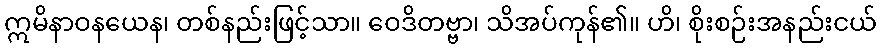
ဣမိနာဝနယေန၊ တစ်နည်းဖြင့်သာ။ ဝေဒိတဗ္ဗာ၊ သိအပ်ကုန်၏။ ဟိ၊ စိုးစဉ်းအနည်းငယ်